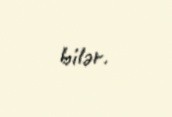
bilər.